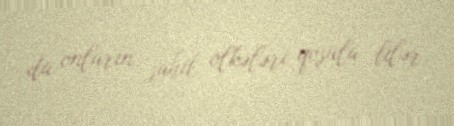
da onların sahib ölkələri qoşula bilər.